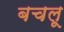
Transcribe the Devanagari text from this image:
बचलू